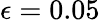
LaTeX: \epsilon=0.05